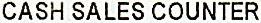
CASH SALES COUNTER